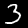
Label: 3